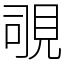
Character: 覗